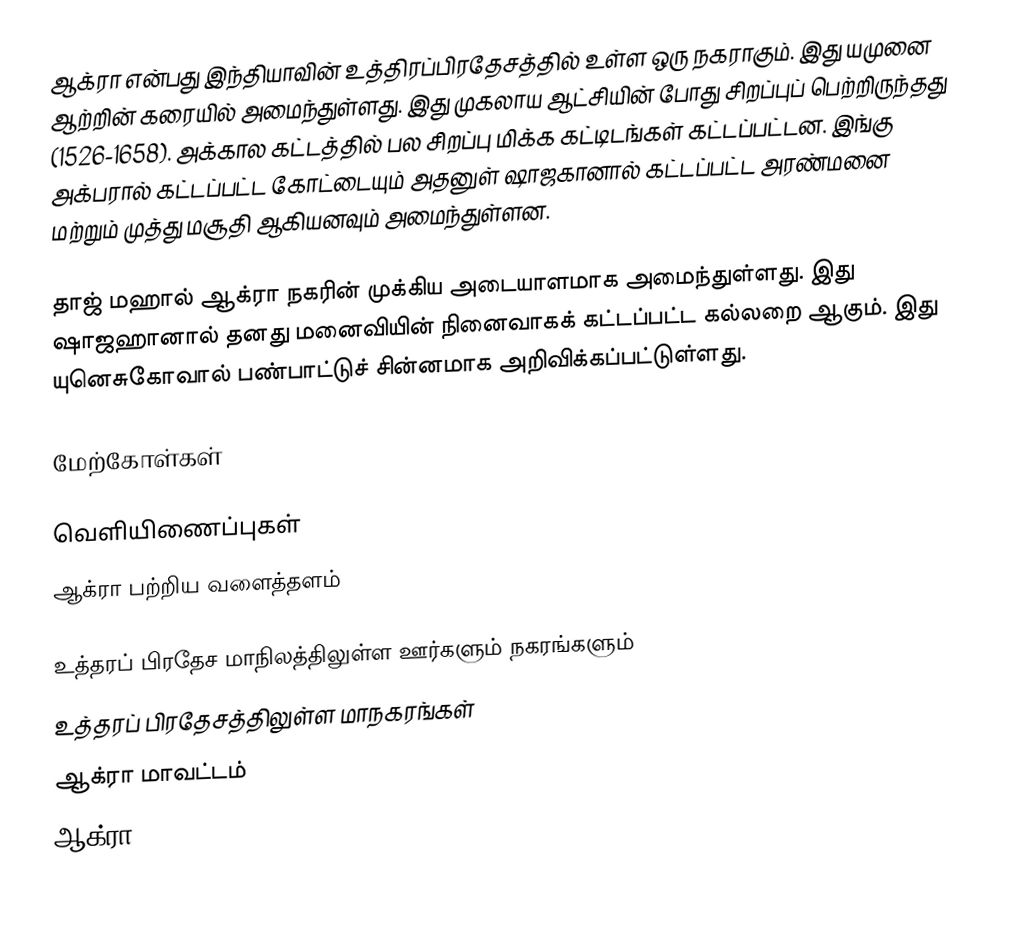
ஆக்ரா என்பது இந்தியாவின் உத்திரப்பிரதேசத்தில் உள்ள ஒரு நகராகும். இது யமுனை ஆற்றின் கரையில் அமைந்துள்ளது. இது முகலாய ஆட்சியின் போது சிறப்புப் பெற்றிருந்தது (1526-1658). அக்கால கட்டத்தில் பல சிறப்பு மிக்க கட்டிடங்கள் கட்டப்பட்டன. இங்கு அக்பரால் கட்டப்பட்ட கோட்டையும் அதனுள் ஷாஜகானால் கட்டப்பட்ட அரண்மனை மற்றும் முத்து மசூதி ஆகியனவும் அமைந்துள்ளன.

தாஜ் மஹால் ஆக்ரா நகரின் முக்கிய அடையாளமாக அமைந்துள்ளது. இது ஷாஜஹானால் தனது மனைவியின் நினைவாகக் கட்டப்பட்ட கல்லறை ஆகும். இது யுனெசுகோவால் பண்பாட்டுச் சின்னமாக அறிவிக்கப்பட்டுள்ளது.

மேற்கோள்கள்

வெளியிணைப்புகள்
 ஆக்ரா பற்றிய வளைத்தளம்

உத்தரப் பிரதேச மாநிலத்திலுள்ள ஊர்களும் நகரங்களும்
உத்தரப் பிரதேசத்திலுள்ள மாநகரங்கள்
ஆக்ரா மாவட்டம்
ஆக்ரா